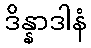
ဒိန္နာဒါနံ